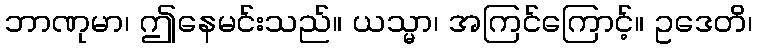
ဘာဏုမာ၊ ဤနေမင်းသည်။ ယသ္မာ၊ အကြင်ကြောင့်။ ဥဒေတိ၊